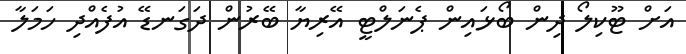
އަށް ޓޫކިލޯ ދިން ބޯޅައިން ޕެނަލްޓީ އޭރިޔާ ބޭރުން ދަގަނޑޭ އުފެއްދި ހަމަލާ